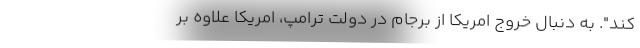
کند". به دنبال خروج امریکا از برجام در دولت ترامپ، امریکا علاوه بر